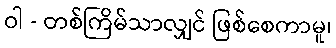
ဝါ - တစ်ကြိမ်သာလျှင် ဖြစ်စေကာမူ၊